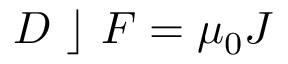
D ~ \rfloor ~ F = \mu _ { 0 } J